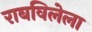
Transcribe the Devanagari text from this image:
राबविलेला